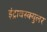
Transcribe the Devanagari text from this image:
इंट्रावस्क्युलर